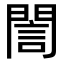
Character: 誾